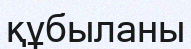
құбыланы